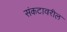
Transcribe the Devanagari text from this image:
संकटावरील